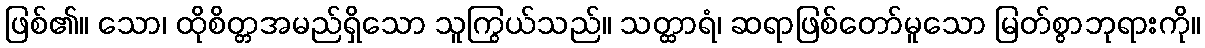
ဖြစ်၏။ သော၊ ထိုစိတ္တအမည်ရှိသော သူကြွယ်သည်။ သတ္ထာရံ၊ ဆရာဖြစ်တော်မူသော မြတ်စွာဘုရားကို။